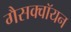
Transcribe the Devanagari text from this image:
गैसक्वॉयन